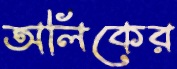
অলিকের